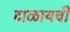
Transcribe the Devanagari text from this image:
टाळायची